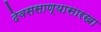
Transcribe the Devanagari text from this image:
देवससाण्यासारखा